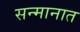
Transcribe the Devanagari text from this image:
सन्मानात